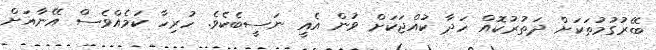
ބޭރުގަުމުތަކަށް ދަތުރުކޮއް ހަދާ ކުއްޖަކަށް ވުން އެއީ ނަސީބެކެވެ. ހުރިހާ ކަމެއްވެސް އޭނާއަށް